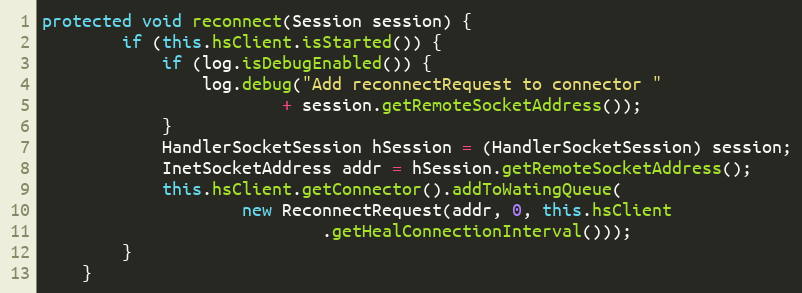
Language: Java
protected void reconnect(Session session) {
		if (this.hsClient.isStarted()) {
			if (log.isDebugEnabled()) {
				log.debug("Add reconnectRequest to connector "
						+ session.getRemoteSocketAddress());
			}
			HandlerSocketSession hSession = (HandlerSocketSession) session;
			InetSocketAddress addr = hSession.getRemoteSocketAddress();
			this.hsClient.getConnector().addToWatingQueue(
					new ReconnectRequest(addr, 0, this.hsClient
							.getHealConnectionInterval()));
		}
	}